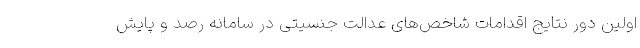
اولین دور نتایج اقدامات شاخص‌های عدالت جنسیتی در سامانه رصد و پایش